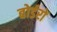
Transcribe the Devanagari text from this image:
बोर्डरों